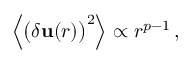
{ \Big \langle } { \big ( } \delta \mathbf { u } ( r ) { \big ) } ^ { 2 } { \Big \rangle } \propto r ^ { p - 1 } \, ,